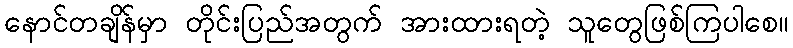
နောင်တချိန်မှာ တိုင်းပြည်အတွက် အားထားရတဲ့ သူတွေဖြစ်ကြပါစေ။